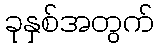
ခုနှစ်အတွက်